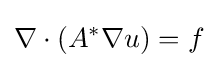
\nabla \cdot \left(A^{*}\nabla u\right)=f